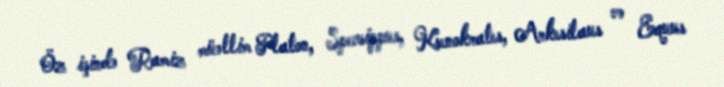
Öz işində Ramiz müəllim Platon, Spevsippus, Ksenokrates, Arkesilaus və Equus